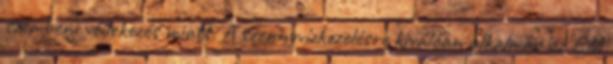
szembeni védekezés miatt. A szennyvízkezelésre kiválóan alkalmas az EM